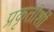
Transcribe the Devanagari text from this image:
प्रकृतीशीं